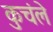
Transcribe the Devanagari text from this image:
कुचंले